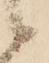
候